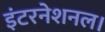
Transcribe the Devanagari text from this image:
इंटरनेशनल।